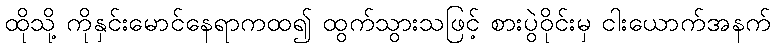
ထိုသို့ ကိုနှင်းမောင်နေရာကထ၍ ထွက်သွားသဖြင့် စားပွဲဝိုင်းမှ ငါးယောက်အနက်